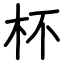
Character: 杯